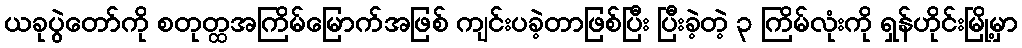
ယခုပွဲတော်ကို စတုတ္ထအကြိမ်မြောက်အဖြစ် ကျင်းပခဲ့တာဖြစ်ပြီး ပြီးခဲ့တဲ့ ၃ ကြိမ်လုံးကို ရှန်ဟိုင်းမြို့မှာ